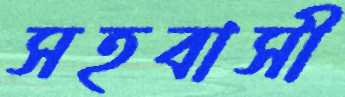
সহবাসী